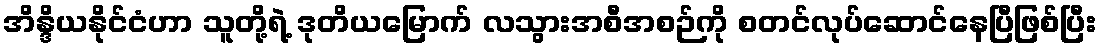
အိန္ဒိယနိုင်ငံဟာ သူတို့ရဲ့ ဒုတိယမြောက် လသွားအစီအစဉ်ကို စတင်လုပ်ဆောင်နေပြီဖြစ်ပြီး